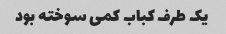
یک طرف کباب کمی سوخته بود